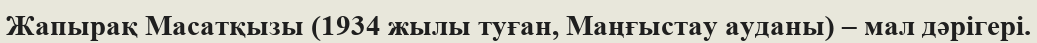
Жапырақ Масатқызы (1934 жылы туған, Маңғыстау ауданы) – мал дәрігері.